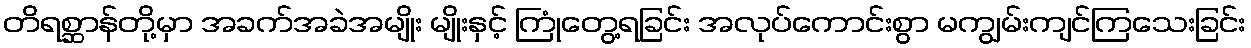
တိရစ္ဆာန်တို့မှာ အခက်အခဲအမျိုး မျိုးနှင့် ကြုံတွေ့ရခြင်း အလုပ်ကောင်းစွာ မကျွမ်းကျင်ကြသေးခြင်း